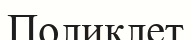
Поликлет